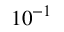
1 0 ^ { - 1 }